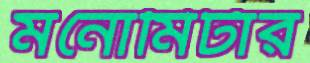
মনোমিটার